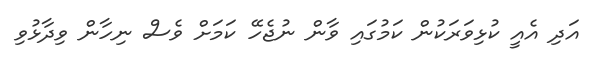
އަދި އެއީ ކުޅިވަރަކުން ކަމުގައި ވާން ނުޖެހޭ ކަމަށް ވެސް ނިހާން ވިދާޅުވި